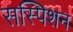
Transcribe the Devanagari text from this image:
सस्पिशन